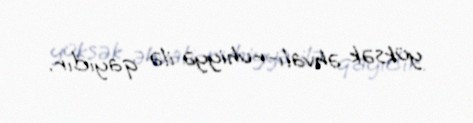
yüksək əhvali-ruhiyyə ilə qayıdır.